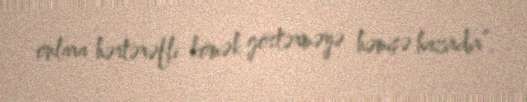
onlara hərtərəfli kömək göstərməyə həmişə hazırdır”.